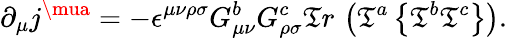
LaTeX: \partial_{\mu}j^{\mua}=-\epsilon^{\mu\nu\rho\sigma}G_{\mu\nu}^{b}G_{\rho\sigma}^{c}\mathfrak{T}r\, \left(\mathfrak{T}^{a}\left\{ \mathfrak{T}^{b}\mathfrak{T}^{c}\right\} \right).